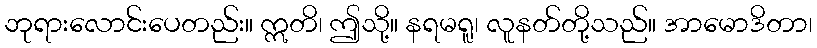
ဘုရားလောင်းပေတည်း။ ဣတိ၊ ဤသို့။ နရမရူ၊ လူနတ်တို့သည်။ အာမောဒိတာ၊